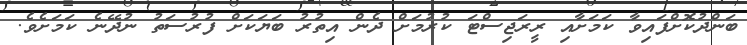
ބަންދުކޮށްފައިވާ ކަމަށާއި ރީރަޖިސްޓަ ކުރުމަށް ދެން އިތުރު ބަޔަކަށް ފުރުސަތު ނުދޭނެ ކަމަށެވެ.